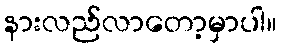
နားလည်လာတော့မှာပါ။